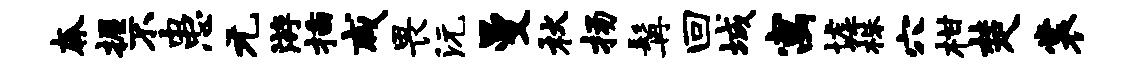
奔握不患元游插咸畏沅曼秋扬髯回城寓墟株穴柑楚裳